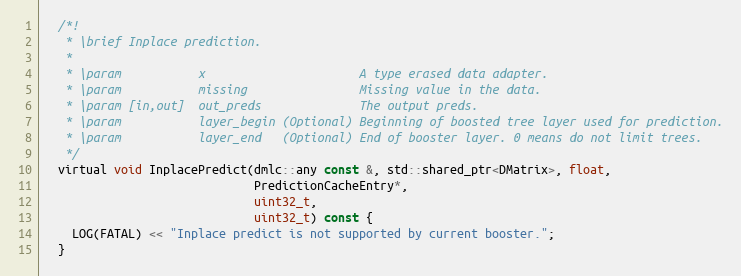
Language: C
  /*!
   * \brief Inplace prediction.
   *
   * \param           x                      A type erased data adapter.
   * \param           missing                Missing value in the data.
   * \param [in,out]  out_preds              The output preds.
   * \param           layer_begin (Optional) Beginning of boosted tree layer used for prediction.
   * \param           layer_end   (Optional) End of booster layer. 0 means do not limit trees.
   */
  virtual void InplacePredict(dmlc::any const &, std::shared_ptr<DMatrix>, float,
                              PredictionCacheEntry*,
                              uint32_t,
                              uint32_t) const {
    LOG(FATAL) << "Inplace predict is not supported by current booster.";
  }